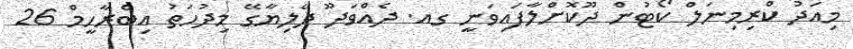
މިއަދު ކްރިމިނަލް ކޯޓުން ދޫކޮށްލާފައިވަނީ ގއ. ދެއްވަދޫ ދޭލިޔާގޭ މިދުހަތު އިބްރާހީމް 26